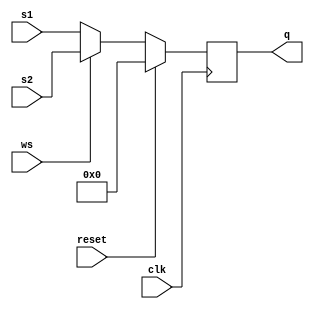
`timescale 1ns / 1ps
//////////////////////////////////////////////////////////////////////////////////
// Company:        MossbauerLab, EasySoft
// 
// Design Name: 
// Module Name:    74LS298
// Project Name:   sm2201_interface_board
// Target Devices: 
// Tool versions:  Quartus 12.1 sp1
// Description:    An implementation of chip 74LS298 (2 4bit - 1 multiplexer) with data storage
//
// Dependencies: 
//
// Revision: 
// Revision 1.0
// Additional Comments: Analog of 55513
//
//////////////////////////////////////////////////////////////////////////////////

module SN74LS298 
(
    input wire [3:0] s1,         // source 1: MSB -> A1, B1, C1, D1 <- LSB
    input wire [3:0] s2,         // source 2: MSB -> A2, B2, C2, D2 <- LSB
    input wire ws,               // word or source select
    input wire clk,
    input wire reset,
    output reg [3:0] q           // output: MSB -> QA QB QC QD <- LSB
);

always @(negedge clk)
begin
    if (reset == 1'b1)
    begin
        q <= 0;
    end
    else
    begin
        if (ws == 1'b0)
            q <= s1;
        else q <= s2;
    end
end

endmodule